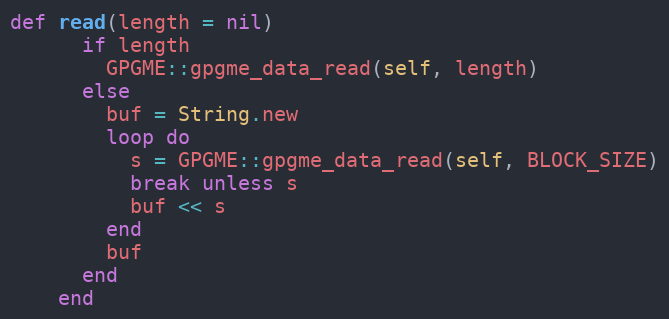
Language: Ruby
def read(length = nil)
      if length
        GPGME::gpgme_data_read(self, length)
      else
        buf = String.new
        loop do
          s = GPGME::gpgme_data_read(self, BLOCK_SIZE)
          break unless s
          buf << s
        end
        buf
      end
    end